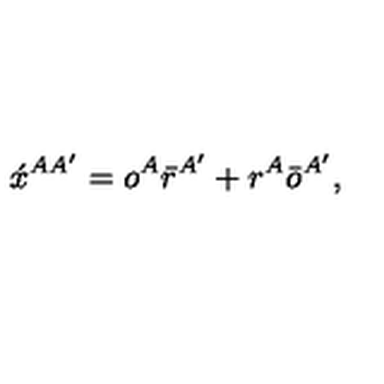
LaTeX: \acute { x } ^ { A A ^ { \prime } } = o ^ { A } \bar { r } ^ { A ^ { \prime } } + r ^ { A } \bar { o } ^ { A ^ { \prime } } ,